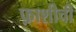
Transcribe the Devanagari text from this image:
फ़ाशीची